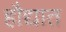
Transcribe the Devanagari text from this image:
हौद्यात